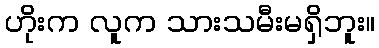
ဟိုးက လူက သားသမီးမရှိဘူး။